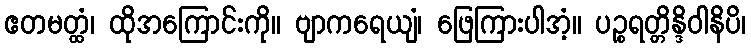
ဧတမတ္ထံ၊ ထိုအကြောင်းကို။ ဗျာကရေယျံ၊ ဖြေကြားပါအံ့။ ပဉ္စရတ္တိန္ဒိဝါနိပိ၊